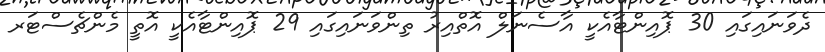
ދެވަނައިގައި 30 ޕޮއިންޓާއެކީ އާސެނަލް އޮތްއިރު ތިންވަނައިގައި 29 ޕޮއިންޓާއެކީ އޮތީ މެންޗެސްޓަރ